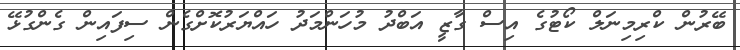
ބޭރުން ކްރިމިނަލް ކޯޓުގެ އިސް ގާޒީ އަބްދު މުހަންމަދު ހައްޔަރުކޮށްގެން ސިފައިން ގެންގުޅޭ